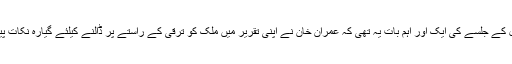
29 اپریل کے جلسے کی ایک اور اہم بات یہ تھی کہ عمران خان نے اپنی تقریر میں ملک کو ترقی کے راستے پر ڈالنے کیلئے گیارہ نکات پیش کیے۔